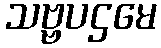
သဗ္ဗပဌမေ